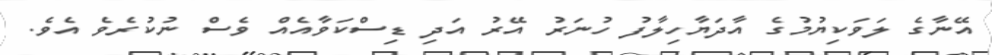
އޭނާގެ ލަވަކިޔުމުގެ އާދަޔާހިލާފު ހުނަރު އޭރު އަދި ޑިސްކަވާއެއް ވެސް ނުކުރެވެ އެވެ.